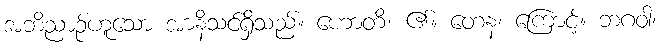
အဘိညာဉ်ဟူသော အာနိသင်ရှိသည်။ ဟောတိ၊ ၏။ တေန၊ ကြောင့်။ ဘဂဝါ၊